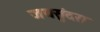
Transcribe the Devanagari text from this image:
जयसुंदरा